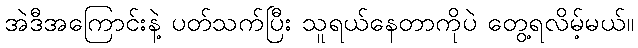
အဲဒီအကြောင်းနဲ့ ပတ်သက်ပြီး သူရယ်နေတာကိုပဲ တွေ့ရလိမ့်မယ်။